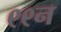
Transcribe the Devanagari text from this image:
९९न